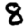
Digit: 8